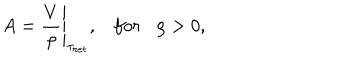
A = \frac { V } { \rho } { \Bigg | } _ { { \tau } _ { r e t } } , f o r \rho > 0 ,